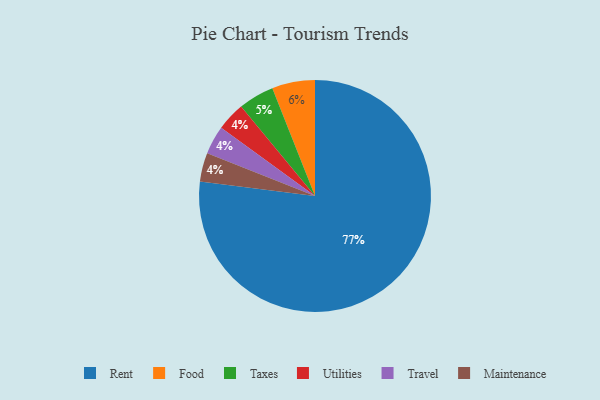
{"axis": {"x": "Category", "y": "Percentage"}, "legend": ["Food", "Maintenance", "Rent", "Taxes", "Travel", "Utilities"], "data": [{"x": "Food", "y": 6, "type": "Food"}, {"x": "Utilities", "y": 4, "type": "Utilities"}, {"x": "Taxes", "y": 5, "type": "Taxes"}, {"x": "Travel", "y": 4, "type": "Travel"}, {"x": "Rent", "y": 77, "type": "Rent"}, {"x": "Maintenance", "y": 4, "type": "Maintenance"}]}